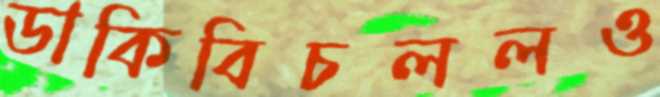
ডাকিবিচললও